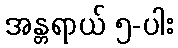
အန္တရာယ် ၅-ပါး